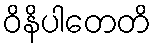
ဝိနိပါတေတိ